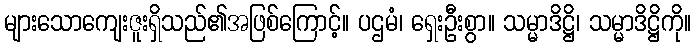
များသောကျေးဇူးရှိသည်၏အဖြစ်ကြောင့်။ ပဌမံ၊ ရှေးဦးစွာ။ သမ္မာဒိဋ္ဌိ၊ သမ္မာဒိဋ္ဌိကို။